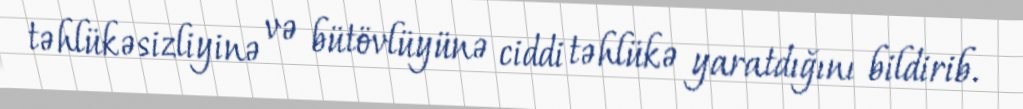
təhlükəsizliyinə və bütövlüyünə ciddi təhlükə yaratdığını bildirib.